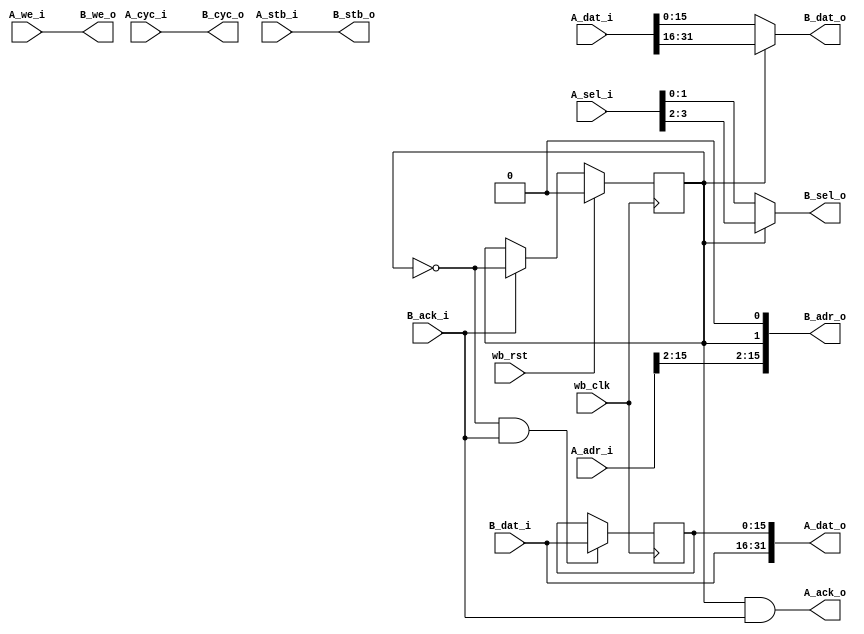
module wb_bridge_16_32
  #(parameter AWIDTH=16)
    (input wb_clk, input wb_rst,
     input A_cyc_i, input A_stb_i, input A_we_i, input [3:0] A_sel_i,
     input [AWIDTH-1:0] A_adr_i, input [31:0] A_dat_i, output [31:0] A_dat_o, output A_ack_o,
     output B_cyc_o, output B_stb_o, output B_we_o, output [1:0] B_sel_o,
     output [AWIDTH-1:0] B_adr_o, output [15:0] B_dat_o, input [15:0] B_dat_i, input B_ack_i
     );

   reg [15:0] 		 holding;
   reg 			 phase;
   
   assign 		 B_adr_o = {A_adr_i[AWIDTH-1:2],phase,1'b0};
   assign 		 B_cyc_o = A_cyc_i;
   assign 		 B_stb_o = A_stb_i;
   assign 		 B_we_o = A_we_i;

   assign 		 B_dat_o = ~phase ? A_dat_i[15:0] : A_dat_i[31:16];
   assign 		 B_sel_o = ~phase ? A_sel_i[1:0] : A_sel_i[3:2];

   assign 		 A_dat_o = {B_dat_i,holding};
   assign 		 A_ack_o = phase & B_ack_i;

   always @(posedge wb_clk)
     if(wb_rst)
       phase <= 0;
     else if(B_ack_i)
       phase <= ~phase;

   always @(posedge wb_clk)
     if(~phase & B_ack_i)
       holding <= B_dat_i;
   
endmodule